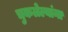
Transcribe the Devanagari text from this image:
चुकलेल्यांना